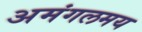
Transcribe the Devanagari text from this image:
अमंगलमय